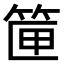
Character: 筪